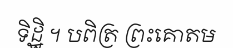
ទិដ្ឋិ ។ បពិត្រ ព្រះគោតម